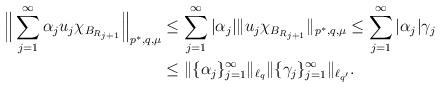
LaTeX: \begin{align*}\Big\| \sum_{j = 1}^\infty \alpha_j u_j\chi_{B_{R_{j+1}}} \Big\|_{p^*,q,\mu} &\leq \sum_{j = 1}^\infty |\alpha_j| \|u_j\chi_{B_{R_{j+1}}}\|_{p^*,q,\mu} \leq \sum_{j = 1}^\infty |\alpha_j| \gamma_j \\&\leq \|\{\alpha_j\}_{j = 1}^\infty\|_{\ell_q} \|\{\gamma_j\}_{j = 1}^\infty\|_{\ell_{q'}}.\end{align*}